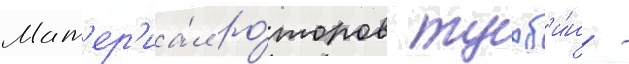
Мат'ер'иа́л ро́торов турб'и́н -